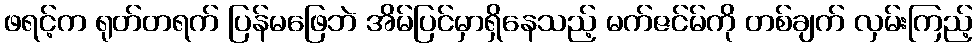
ဖရင့်က ရုတ်တရက် ပြန်မဖြေဘဲ အိမ်ပြင်မှာရှိနေသည့် မက်ဇင်မ်ကို တစ်ချက် လှမ်းကြည့်